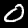
Label: 0